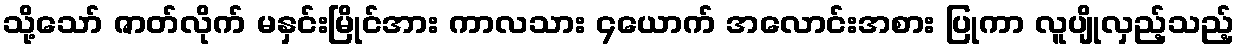
သို့သော် ဇာတ်လိုက် မနှင်းမြိုင်အား ကာလသား ၄ယောက် အလောင်းအစား ပြုကာ လူပျိုလှည့်သည့်